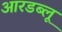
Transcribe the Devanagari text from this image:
आरडब्लू